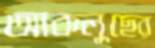
আকলুছের